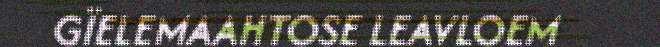
GÏELEMAAHTOSE LEAVLOEM